Civil Veterinary Department ledger series I-VI
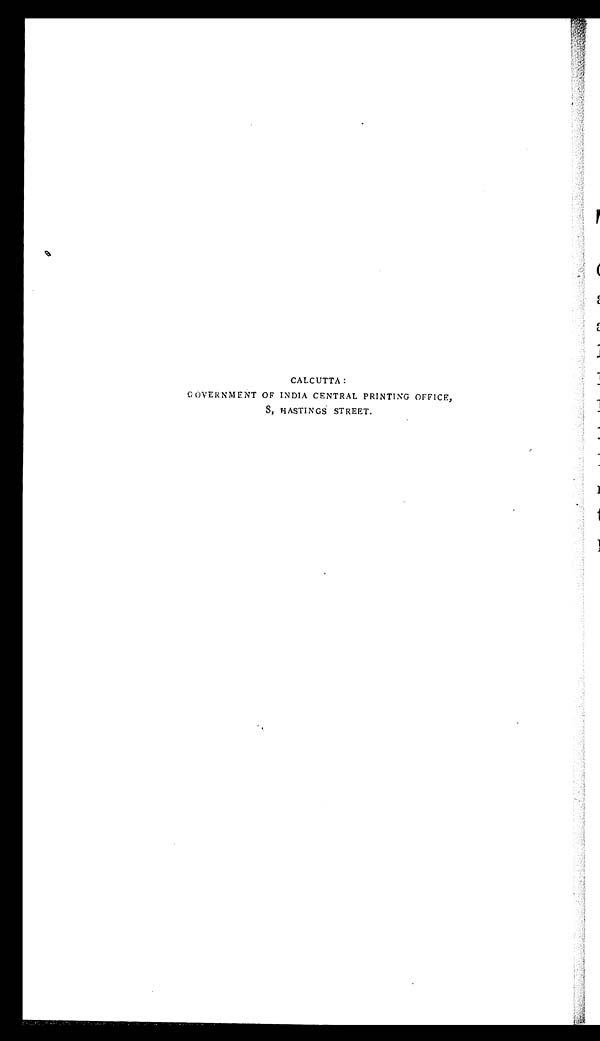
CALCUTTA:
GOVERNMENT OF INDIA CENTRAL PRINTING OFFICE,
8, HASTINGS STREET.